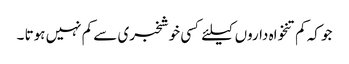
جو کہ کم تنخواہ داروں کیلئے کسی خوشخبری سے کم نہیں ہوتا ۔